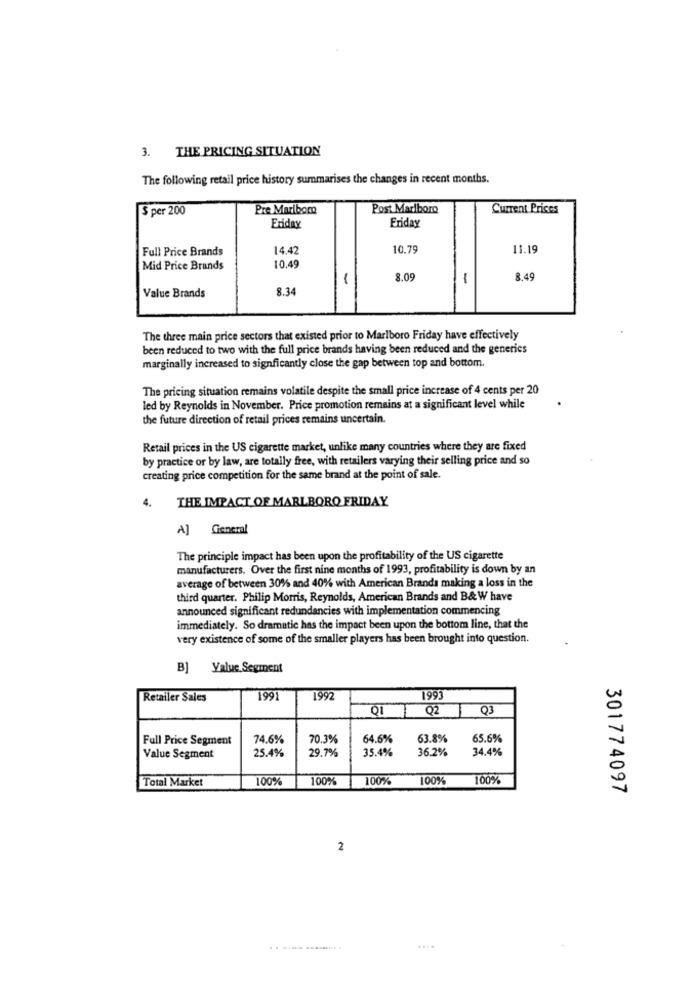
3. THE PRICING SITUATION
The following retail price history summarises the changes in recent months.
$ per 200
Pre Maribor
Post Marlboro
Current Prices
Friday
Eriday
Full Price Brands
14.42
10.79
11.19
Mid Price Brands
10.49
8.09
1
8.49
8.34
Value Brands
The three main price sectors that existed prior to Marlboro Friday have effectively
been reduced to two with the full price brands having been reduced and the generics
marginally increased to signficantly close the gap between top and bottom.
The pricing situation remains volatile despite the small price increase of 4 cents per 20
led by Reynolds in November. Price promotion remains at a significant level while
the future direction of retail prices remains uncertain.
Retail prices in the US cigarette market, unlike many countries where they are fixed
by practice or by law, are totally free, with retailers varying their selling price and so
creating price competition for the same brand at the point of sale.
4.
THE IMPACT OF MARLBORO FRIDAY
A] General
The principle impact has been upon the profitability of the US cigarette
manufacturers. Over the first nine months of 1993, profitability is down by an
average of between 30% and 40% with American Brands making a loss in the
third quarter. Philip Morris, Reynolds, American Brands and B& W have
announced significant redundancies with implementation commencing
immediately. So dramatic has the impact been upon the bottom line, that the
very existence of some of the smaller players has been brought into question.
B] Value Segment
Retailer Sales
199
1992
1993
Q2
Q3
Full Price Segment
74.6%
70.3%
64.6%
63.8%
65.6%
29.7%
35.4%
36.2%
34.4%
Value Segment
25.4%
Total Market
100%
100%
100%
100%
100%
301774097
2
....